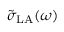
\tilde { \sigma } _ { \mathrm { L A } } ( \omega )